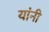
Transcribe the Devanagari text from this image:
यांंनी